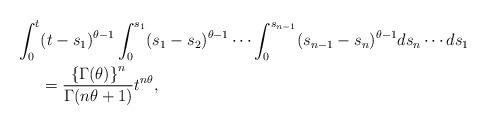
LaTeX: \begin{align*}\int_{0}^{t} & (t-s_{1})^{\theta-1}\int_{0}^{s_{1}}(s_{1}-s_{2})^{\theta-1}\cdots\int_{0}^{s_{n-1}}(s_{n-1}-s_{n})^{\theta-1}ds_{n}\cdots ds_{1}\\ &=\frac{\left\{ \Gamma(\theta)\right\} ^{n}}{\Gamma(n\theta+1)}t^{n\theta},\end{align*}